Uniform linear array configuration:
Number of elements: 12
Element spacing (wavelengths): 0.75
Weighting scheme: exponential
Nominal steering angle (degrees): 0
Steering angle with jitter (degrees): -0.1382
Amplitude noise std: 0.05
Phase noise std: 0.05

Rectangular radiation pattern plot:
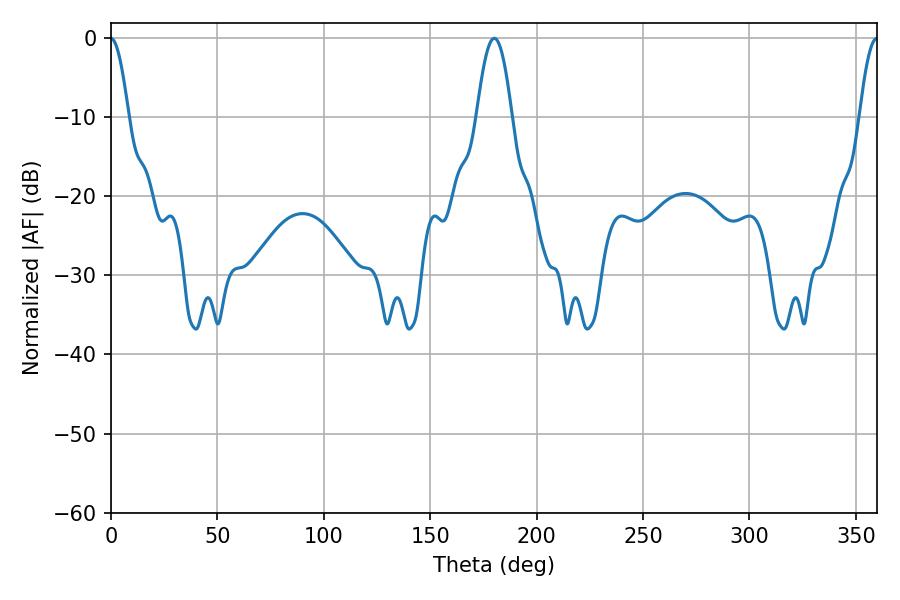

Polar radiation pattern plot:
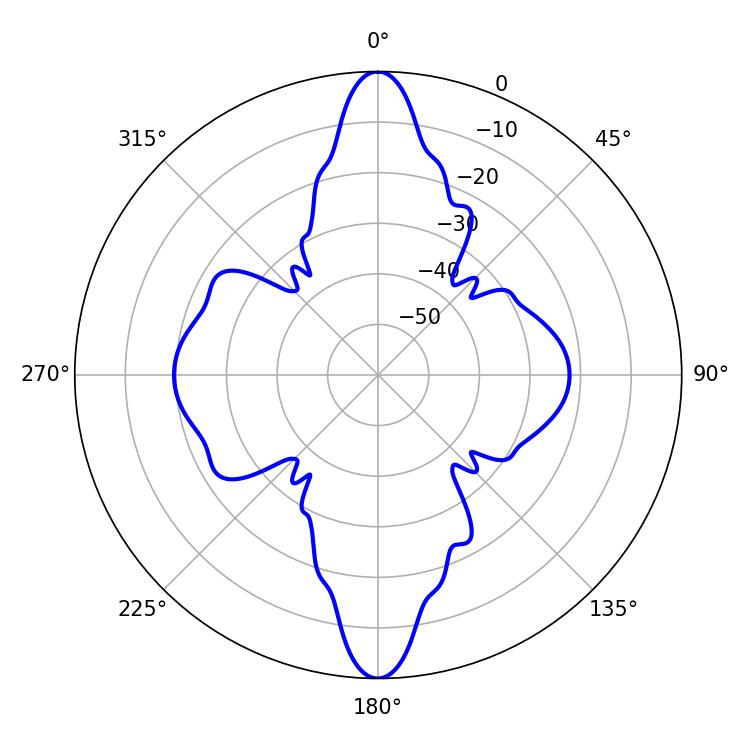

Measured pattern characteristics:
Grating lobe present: TRUE
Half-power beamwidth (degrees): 4.5
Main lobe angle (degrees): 359.82